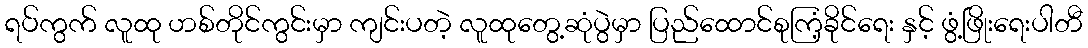
ရပ်ကွက် လူထု ဟစ်တိုင်ကွင်းမှာ ကျင်းပတဲ့ လူထုတွေ့ဆုံပွဲမှာ ပြည်ထောင်စုကြံ့ခိုင်ရေး နှင့် ဖွံ့ဖြိုးရေးပါတီ